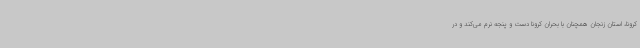
کرونا، استان زنجان همچنان با بحران کرونا دست و پنجه نرم می‌کند و در